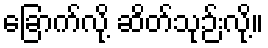
ခြောက်လို့ ဆိတ်သုဉ်းလို့။